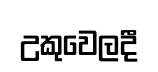
උකුවෙලදී